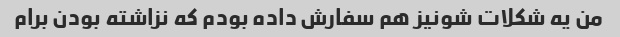
من یه شکلات شونیز هم سفارش داده بودم که نزاشته بودن برام